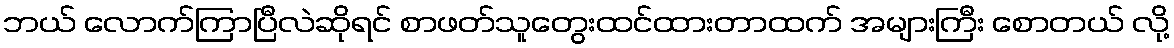
ဘယ် လောက်ကြာပြီလဲဆိုရင် စာဖတ်သူတွေးထင်ထားတာထက် အများကြီး စောတယ် လို့